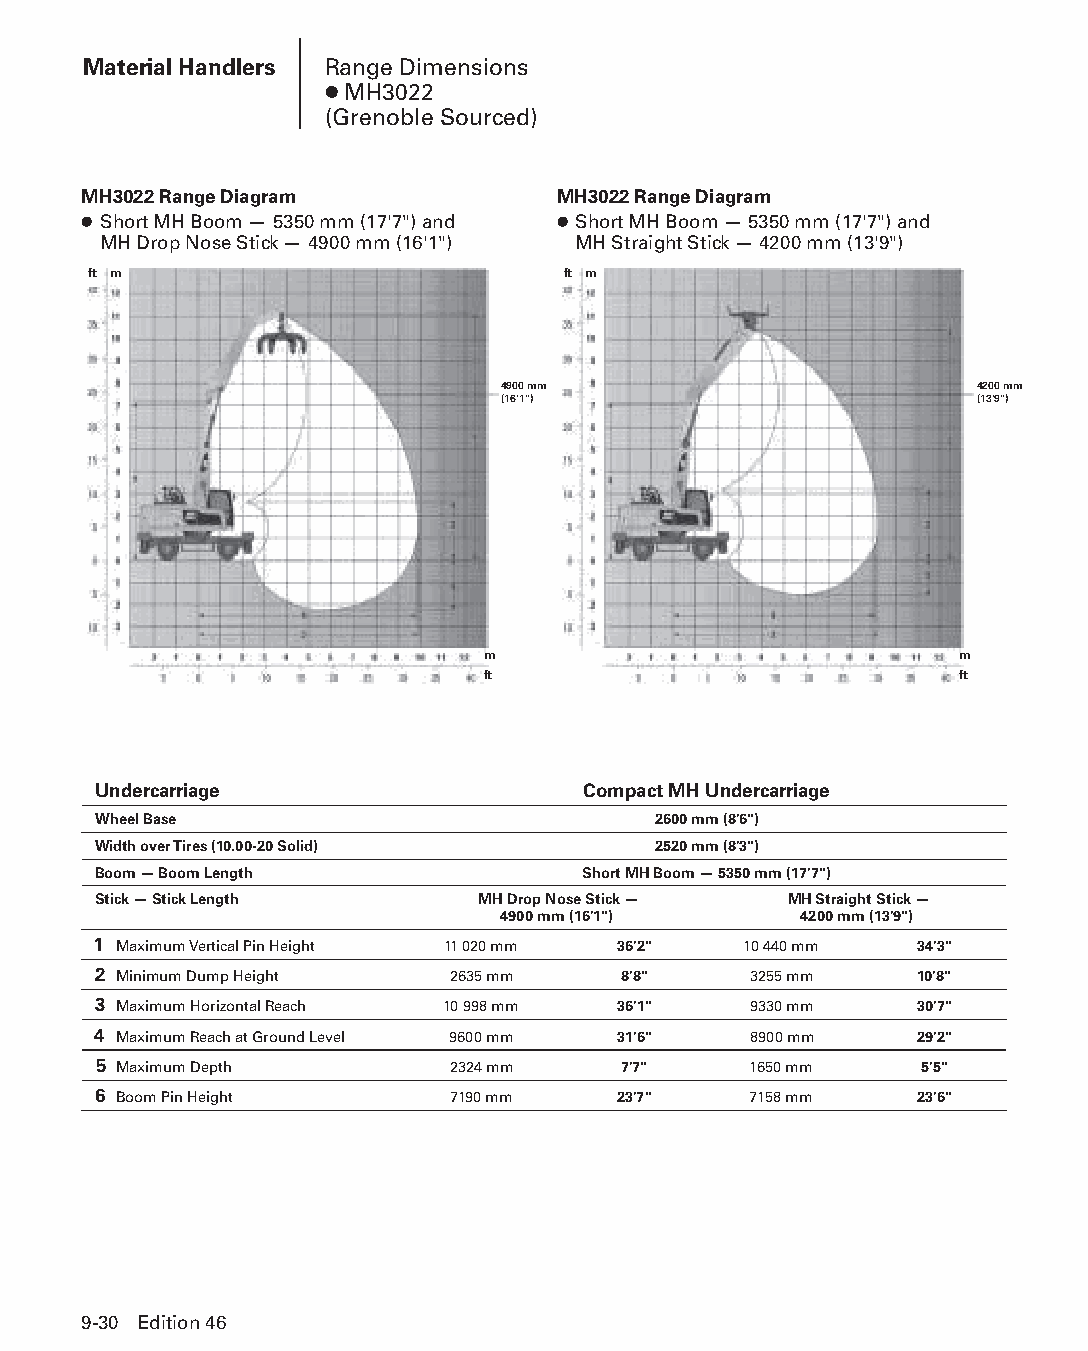
Material Handlers Range Dimensions
 ● MH3022
 (Grenoble Sourced)
 MH3022 Range Diagram           MH3022 Range Diagram
 ● Short MH Boom — 5350 mm (17'7") and ● S hort MH Boom — 5350 mm (17'7") and
 MH Drop Nose Stick — 4900 mm (16'1") MH Straight Stick — 4200 mm (13'9")
 ft m                            ft m
 4900 mm                        4200 mm
 (16'1")                        (13'9")
 m                               m
 ft                              ft
 Undercarriage                   Compact MH Undercarriage
 Wheel Base                           2600 mm (8'6")
 Width over Tires (10.00-20 Solid)    2520 mm (8'3")
 Boom — Boom Length              Short MH Boom — 5350 mm (17'7")
 Stick — Stick Length     MH Drop Nose Stick — MH Straight Stick —
 4900 mm (16'1")     4200 mm (13'9")
 1 Maximum Vertical Pin Height 11 020 mm 36'2" 10 440 mm 34'3"
 2 Minimum Dump Height  2635 mm    8'8"     3255 mm    10'8"
 3 Maximum Horizontal Reach 10 998 mm 36'1" 9330 mm    30'7"
 4 Maximum Reach at Ground Level 9600 mm 31'6" 8900 mm 29'2"
 5 Maximum Depth        2324 mm    7'7"     1650 mm    5'5"
 6 Boom Pin Height      7190 mm    23'7"    7158 mm    23'6"
 9-30 Edition 46
 PPHHBB--SSeecc0099--1166..iinndddd 3300                        1122//44//1155 1100::4411 AAMM